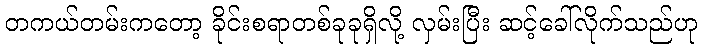
တကယ်တမ်းကတော့ ခိုင်းစရာတစ်ခုခုရှိလို့ လှမ်းပြီး ဆင့်ခေါ်လိုက်သည်ဟု